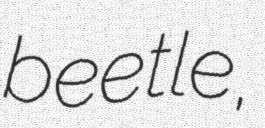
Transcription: beetle,